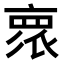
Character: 𬽕